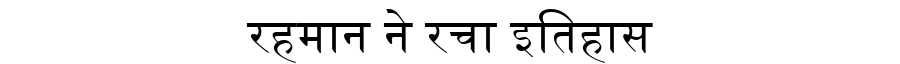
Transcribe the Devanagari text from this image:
रहमान ने रचा इतिहास